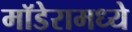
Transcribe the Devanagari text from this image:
मॉडेरामध्ये